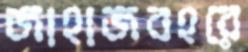
জাহাজবহরে